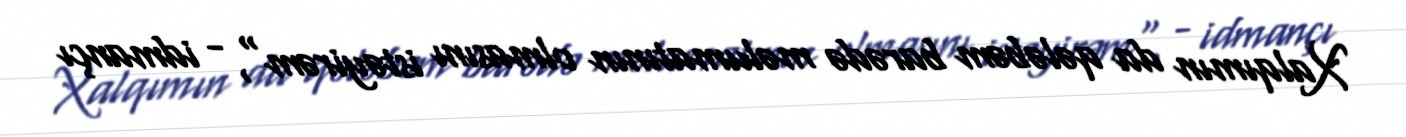
Xalqımın da qələbəm barədə məlumatının olmasını istəyirəm", - idmançı